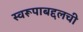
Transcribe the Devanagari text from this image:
स्वरूपाबद्दलची